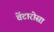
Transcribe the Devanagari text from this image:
वेंटारोसा